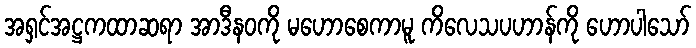
အရှင်အဋ္ဌကထာဆရာ အာဒီနဝကို မဟောစေကာမူ ကိလေသပဟာန်ကို ဟောပါသော်